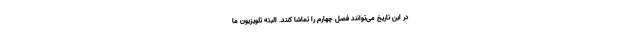
در این تاریخ می‌توانند فصل چهارم را تماشا کنند. البته تلویزیون ما